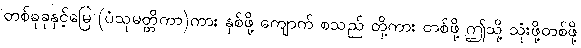
တစ်ခုခုနှင့်မြေ (ပံသုမတ္တိကာ)ကား နှစ်ဖို့ ကျောက် စသည် တို့ကား တစ်ဖို့ ဤသို့ သုံးဖို့တစ်ဖို့